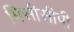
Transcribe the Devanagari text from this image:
मिसीसीपी